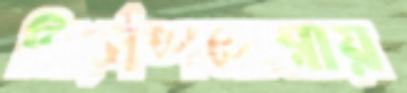
নির্দেশনামায়